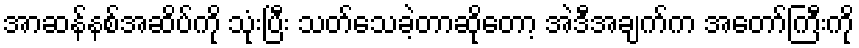
အာဆန်နစ်အဆိပ်ကို သုံးပြီး သတ်သေခဲ့တာဆိုတော့ အဲဒီအချက်က အတော်ကြီးကို